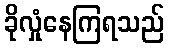
ခိုလှုံနေကြရသည်